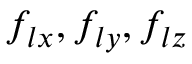
f _ { l x } , f _ { l y } , f _ { l z }